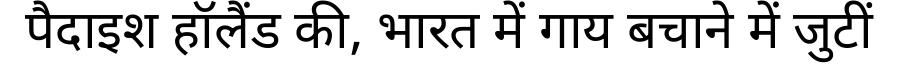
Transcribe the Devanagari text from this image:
पैदाइश हॉलैंड की, भारत में गाय बचाने में जुटीं